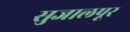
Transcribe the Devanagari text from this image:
सुजालपूर